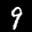
Label: 9